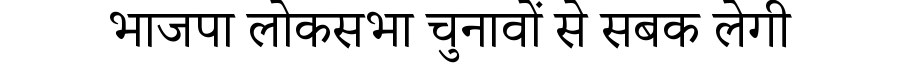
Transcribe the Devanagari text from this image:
भाजपा लोकसभा चुनावों से सबक लेगी